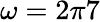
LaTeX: \omega=2\pi 7